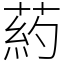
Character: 葯